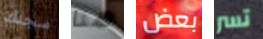
سجنك هنا بعض تسر